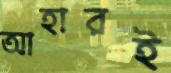
আহারই